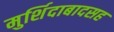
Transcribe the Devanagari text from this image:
मुर्शिदाबादसह